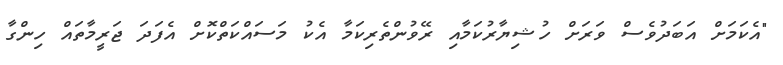
"އެކަމަށް އަބަދުވެސް ވަރަށް ހުޝިޔާރުކަމާއި ރޭވުންތެރިކަމާ އެކު މަސައްކަތްކޮށް އެފަދަ ޖަރީމާތައް ހިންގާ